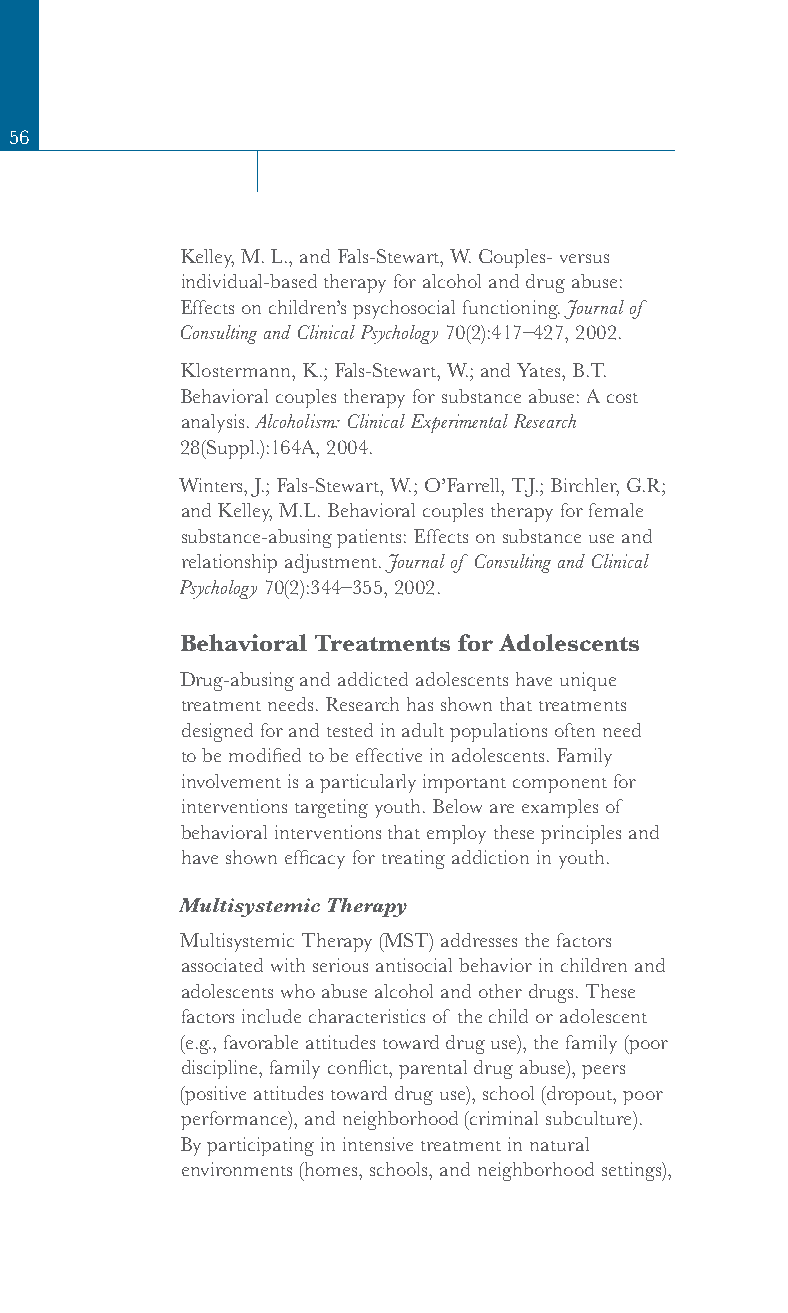
56
 Kelley, M. L., and Fals-Stewart, W. Couples- versus
 individual-based therapy for alcohol and drug abuse:
 Effects on children’s psychosocial functioning. Journal of
 Consulting and Clinical Psychology 70(2):417–427, 2002.
 Klostermann, K.; Fals-Stewart, W.; and Yates, B.T.
 Behavioral couples therapy for substance abuse: A cost
 analysis. Alcoholism: Clinical Experimental Research
 28(Suppl.):164A, 2004.
 Winters, J.; Fals-Stewart, W.; O’Farrell, T.J.; Birchler, G.R;
 and Kelley, M.L. Behavioral couples therapy for female
 substance-abusing patients: Effects on substance use and
 relationship adjustment. Journal of Consulting and Clinical
 Psychology 70(2):344–355, 2002.
 Behavioral Treatments for Adolescents
 Drug-abusing and addicted adolescents have unique
 treatment needs. Research has shown that treatments
 designed for and tested in adult populations often need
 to be modified to be effective in adolescents. Family
 involvement is a particularly important component for
 interventions targeting youth. Below are examples of
 behavioral interventions that employ these principles and
 have shown efficacy for treating addiction in youth.
 Multisystemic Therapy
 Multisystemic Therapy (MST) addresses the factors
 associated with serious antisocial behavior in children and
 adolescents who abuse alcohol and other drugs. These
 factors include characteristics of the child or adolescent
 (e.g., favorable attitudes toward drug use), the family (poor
 discipline, family conflict, parental drug abuse), peers
 (positive attitudes toward drug use), school (dropout, poor
 performance), and neighborhood (criminal subculture).
 By participating in intensive treatment in natural
 environments (homes, schools, and neighborhood settings),